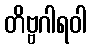
တိဗ္ဗဂါရဝါ